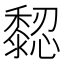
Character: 𪐁